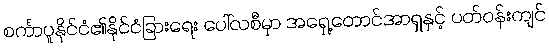
စင်္ကာပူနိုင်ငံ၏နိုင်ငံခြားရေး ပေါ်လစီမှာ အရှေ့တောင်အာရှနှင့် ပတ်ဝန်းကျင်